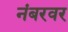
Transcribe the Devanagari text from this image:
नंबरवर